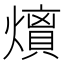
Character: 𭶘